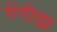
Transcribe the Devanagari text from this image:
गेंगीझ